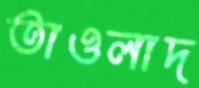
তাওলাদ